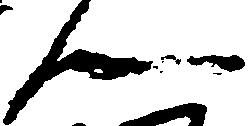
ん